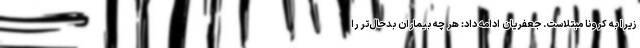
زیرا به کرونا مبتلاست. جعفریان ادامه داد: هر چه بیماران بدحال‌تر را